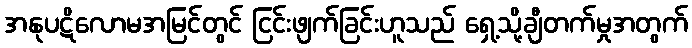
အနုပဋိလောမအမြင်တွင် ငြင်းဖျက်ခြင်းဟူသည် ရှေ့သို့ချီတက်မှုအတွက်